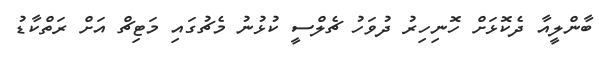
ބާންލީއާ ދެކޮޅަށް ހޮނިހިރު ދުވަހު ޗެލްސީ ކުޅުނު މެޗުގައި މަޓިޗް އަށް ރަތްކާޑު